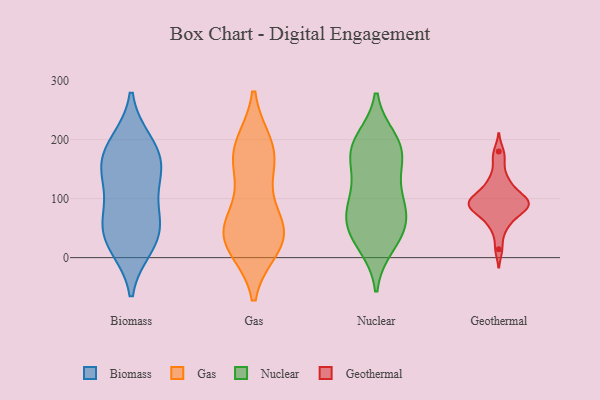
{"axis": {"x": "Temperature (°C)", "y": "Value"}, "legend": ["Biomass", "Gas", "Geothermal", "Nuclear"], "data": [{"x": "", "y": 20, "type": "Biomass"}, {"x": "", "y": 61, "type": "Biomass"}, {"x": "", "y": 192, "type": "Biomass"}, {"x": "", "y": 152, "type": "Biomass"}, {"x": "", "y": 146, "type": "Biomass"}, {"x": "", "y": 136, "type": "Biomass"}, {"x": "", "y": 91, "type": "Biomass"}, {"x": "", "y": 56, "type": "Biomass"}, {"x": "", "y": 195, "type": "Biomass"}, {"x": "", "y": 168, "type": "Biomass"}, {"x": "", "y": 45, "type": "Biomass"}, {"x": "", "y": 19, "type": "Biomass"}, {"x": "", "y": 37, "type": "Gas"}, {"x": "", "y": 149, "type": "Gas"}, {"x": "", "y": 177, "type": "Gas"}, {"x": "", "y": 38, "type": "Gas"}, {"x": "", "y": 32, "type": "Gas"}, {"x": "", "y": 177, "type": "Gas"}, {"x": "", "y": 47, "type": "Gas"}, {"x": "", "y": 68, "type": "Gas"}, {"x": "", "y": 188, "type": "Gas"}, {"x": "", "y": 21, "type": "Gas"}, {"x": "", "y": 32, "type": "Nuclear"}, {"x": "", "y": 59, "type": "Nuclear"}, {"x": "", "y": 67, "type": "Nuclear"}, {"x": "", "y": 175, "type": "Nuclear"}, {"x": "", "y": 138, "type": "Nuclear"}, {"x": "", "y": 199, "type": "Nuclear"}, {"x": "", "y": 190, "type": "Nuclear"}, {"x": "", "y": 175, "type": "Nuclear"}, {"x": "", "y": 88, "type": "Nuclear"}, {"x": "", "y": 106, "type": "Nuclear"}, {"x": "", "y": 83, "type": "Nuclear"}, {"x": "", "y": 46, "type": "Nuclear"}, {"x": "", "y": 184, "type": "Nuclear"}, {"x": "", "y": 22, "type": "Nuclear"}, {"x": "", "y": 129, "type": "Geothermal"}, {"x": "", "y": 106, "type": "Geothermal"}, {"x": "", "y": 97, "type": "Geothermal"}, {"x": "", "y": 180, "type": "Geothermal"}, {"x": "", "y": 116, "type": "Geothermal"}, {"x": "", "y": 81, "type": "Geothermal"}, {"x": "", "y": 100, "type": "Geothermal"}, {"x": "", "y": 84, "type": "Geothermal"}, {"x": "", "y": 91, "type": "Geothermal"}, {"x": "", "y": 58, "type": "Geothermal"}, {"x": "", "y": 14, "type": "Geothermal"}, {"x": "", "y": 102, "type": "Geothermal"}, {"x": "", "y": 136, "type": "Geothermal"}, {"x": "", "y": 164, "type": "Geothermal"}, {"x": "", "y": 47, "type": "Geothermal"}, {"x": "", "y": 87, "type": "Geothermal"}, {"x": "", "y": 77, "type": "Geothermal"}, {"x": "", "y": 93, "type": "Geothermal"}, {"x": "", "y": 73, "type": "Geothermal"}]}